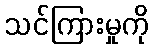
သင်ကြားမှုကို